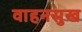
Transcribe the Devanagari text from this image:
वाहनसुख